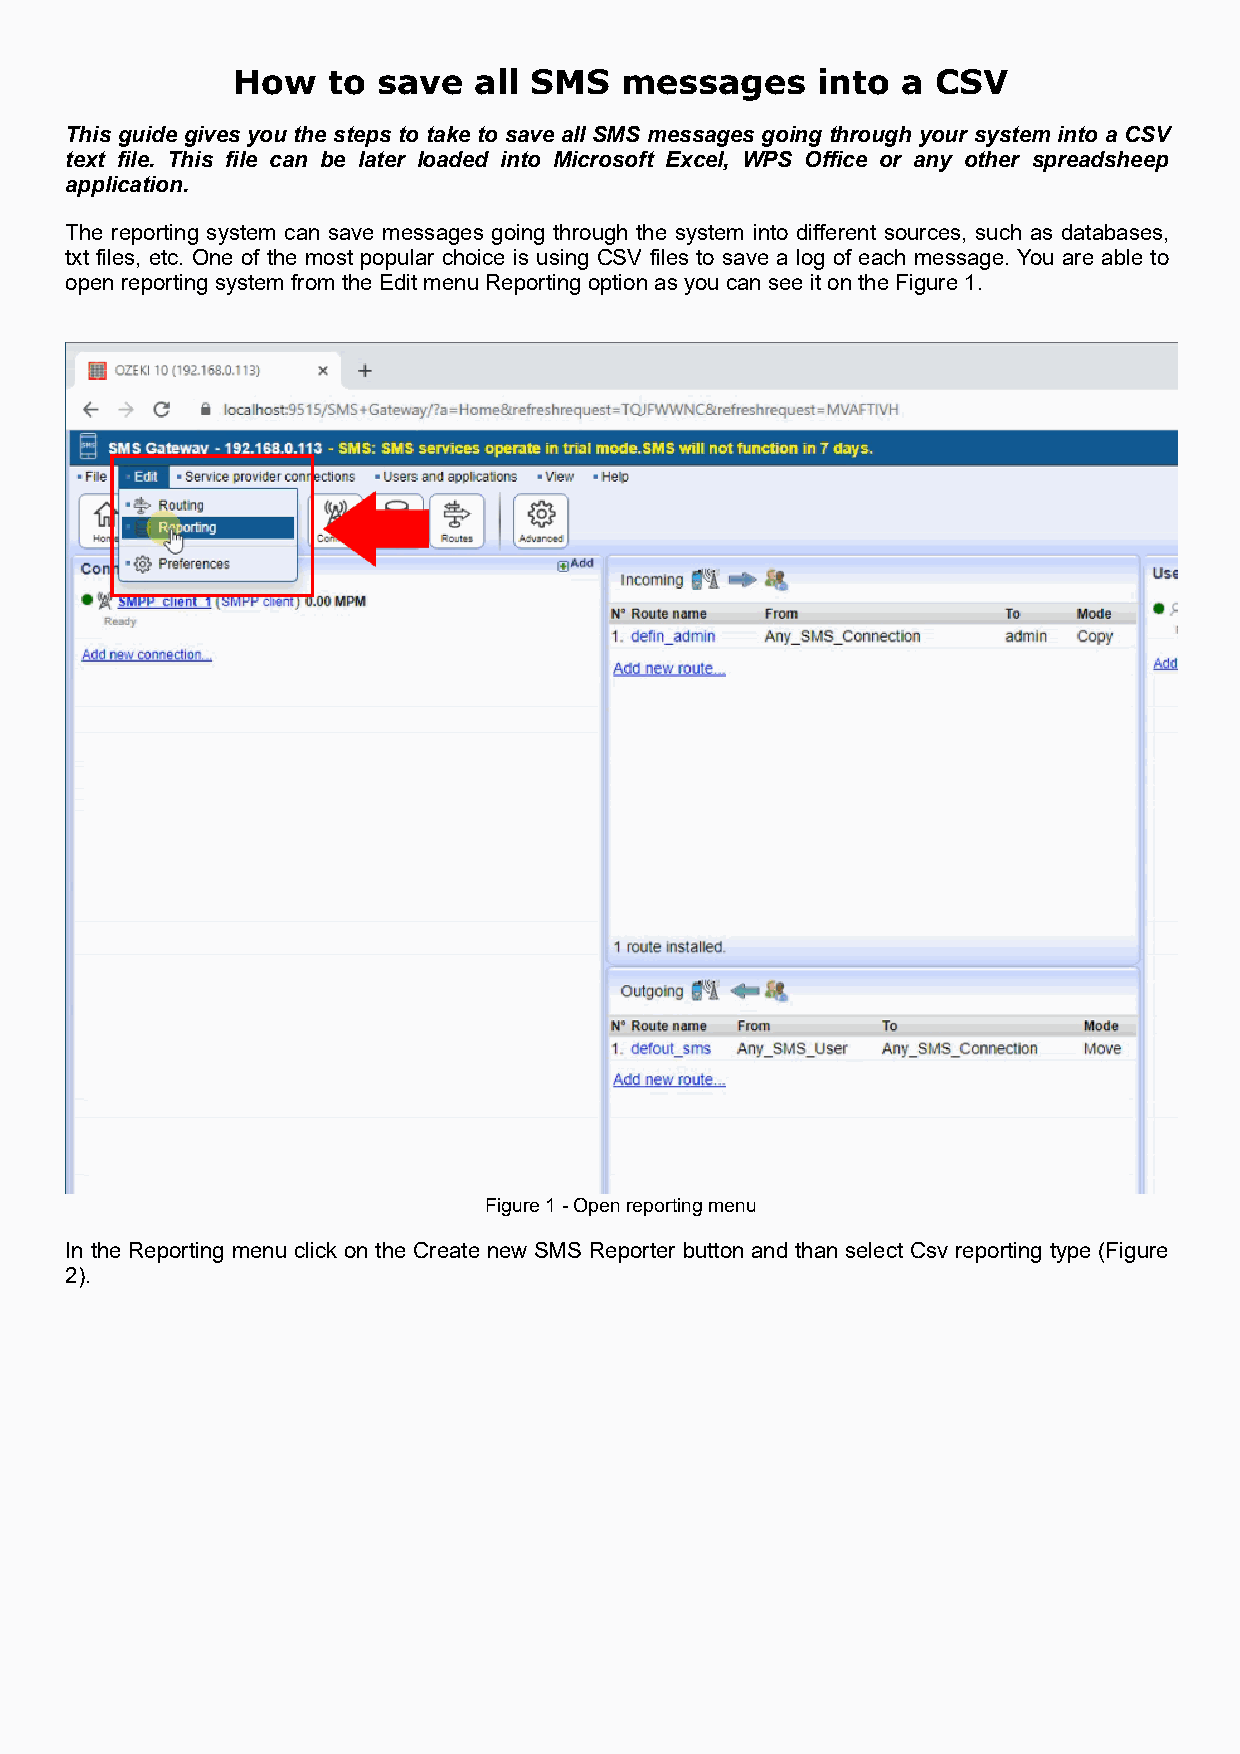
How    to save  all SMS   messages     into  a CSV
 This guide gives you the steps to take to save all SMS messages going through your system into a CSV
 text file. This file can be later loaded into Microsoft Excel, WPS Office or any other spreadsheep
 application.
 The reporting system can save messages going through the system into different sources, such as databases,
 txt files, etc. One of the most popular choice is using CSV files to save a log of each message. You are able to
 open reporting system from the Edit menu Reporting option as you can see it on the Figure 1.
 Figure 1 - Open reporting menu
 In the Reporting menu click on the Create new SMS Reporter button and than select Csv reporting type (Figure
 2).